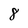
Character: 8